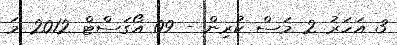
3 އަހަރު 2 މަސް ކުރިން - 09 އޯގަސްޓް 2012 މަ